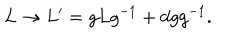
LaTeX: L \rightarrow L ^ { \prime } = g L g ^ { - 1 } + d g g ^ { - 1 } .